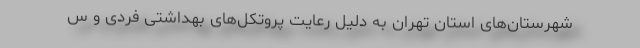
شهرستان‌های استان تهران به دلیل رعایت پروتکل‌های بهداشتی فردی و س